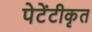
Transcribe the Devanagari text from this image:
पेटेंटीकृत